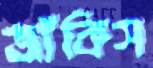
জাঁকিস